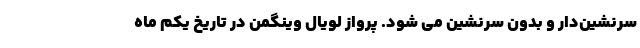
سرنشین‌دار و بدون سرنشین می شود. پرواز لویال وینگمن در تاریخ یکم ماه